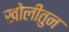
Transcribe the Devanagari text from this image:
खोलीतुन